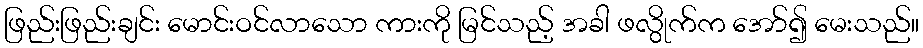
ဖြည်းဖြည်းချင်း မောင်းဝင်လာသော ကားကို မြင်သည့် အခါ ဖလွိုက်က အော်၍ မေးသည်။